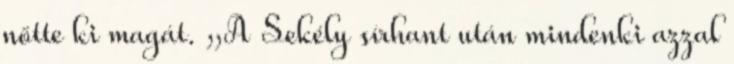
nőtte ki magát. „A Sekély sírhant után mindenki azzal